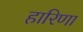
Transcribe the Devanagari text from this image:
हारिणा